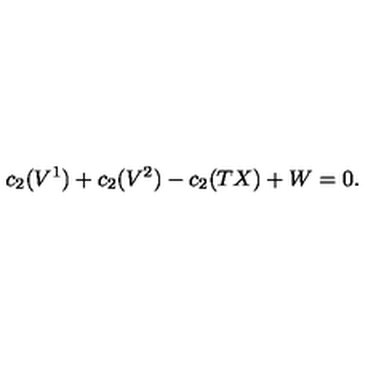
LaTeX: c _ { 2 } ( V ^ { 1 } ) + c _ { 2 } ( V ^ { 2 } ) - c _ { 2 } ( T X ) + W = 0 .